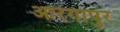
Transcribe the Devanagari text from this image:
ओरंगापुर